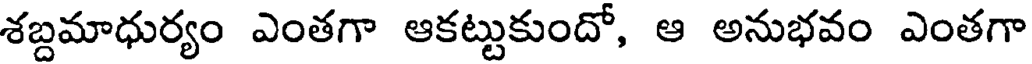
శబ్దమాధుర్యం ఎంతగా ఆకట్టుకుందో, ఆ అనుభవం ఎంతగా